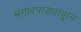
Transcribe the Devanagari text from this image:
भंगारपाड्यापाून